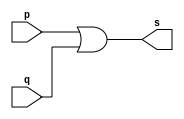
//--------------------------------------
//Exemplo0004 - OR
//Nome: Mateus Guilherme do Carmo Cruz
//Matrcula: 427446
//---------------------------------------

//------------------
//-- or gate
//------------------

module orgate(output s,
					input p,q);
	assign s = p | q;
endmodule //orgate

//----------------
//-- test or gate
//----------------

module testorgate;
//------------- dados locais
	reg a,b; //definir registrador
	wire s; //definir conexo(fio)
	
//------------------- instancia
	orgate OR1(s,a,b);
//-------------------- preparao
	initial begin:start
			//atribuio simultnea
			//dos valores iniciais
		a=0;b=0;
	end
//--------------------- parte principal

	initial begin
		$display("Exemplo0004 - Mateus Guilherme do Carmo Cruz - 427446");
		$display("Test OR gate");
		$display("\na | b = s\n");
		a=0;b=0;
		#1	$display("%b | %b = %b",a,b,s);
			a=0;b=1;
		#1	$display("%b | %b = %b",a,b,s);
			a=1;b=0;
		#1	$display("%b | %b = %b",a,b,s);
			a=1;b=1;
		#1	$display("%b | %b = %b",a,b,s);
	end

endmodule //testorgate